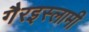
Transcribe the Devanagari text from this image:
गैरइस्लामी